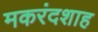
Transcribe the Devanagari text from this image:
मकरंदशाह